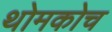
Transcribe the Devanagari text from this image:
थोमकोच